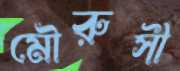
মৌরুসী